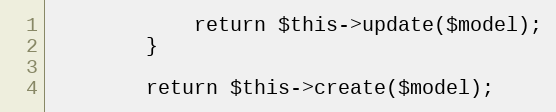
Language: PHP
            return $this->update($model);
        }

        return $this->create($model);